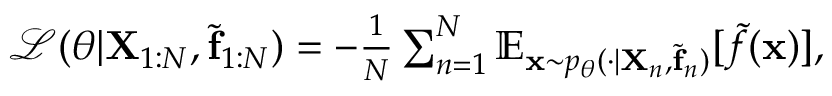
\begin{array} { r } { \mathcal { L } ( \boldsymbol { \theta } | \mathbf { X } _ { 1 : N } , \tilde { \mathbf { f } } _ { 1 : N } ) = - \frac { 1 } { N } \sum _ { n = 1 } ^ { N } \mathbb { E } _ { \mathbf { x } \sim p _ { \boldsymbol { \theta } } ( \cdot | \mathbf { X } _ { n } , \tilde { \mathbf { f } } _ { n } ) } [ \tilde { f } ( \mathbf { x } ) ] , } \end{array}